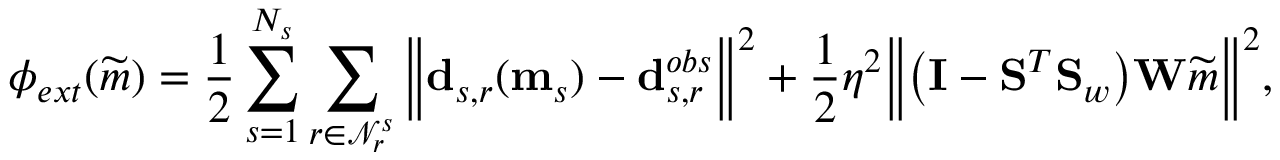
\phi _ { e x t } ( \widetilde { \b { m } } ) = \frac { 1 } { 2 } \sum _ { s = 1 } ^ { N _ { s } } \sum _ { r \in \mathcal { N } _ { r } ^ { s } } \Big \Vert \mathbf { d } _ { s , r } ( \mathbf { m } _ { s } ) - \mathbf { d } _ { s , r } ^ { o b s } \Big \Vert ^ { 2 } + \frac { 1 } { 2 } \eta ^ { 2 } \Big \Vert \big ( \mathbf { I } - \mathbf { S } ^ { T } \mathbf { S } _ { w } \big ) \mathbf { W } \widetilde { \b { m } } \Big \Vert ^ { 2 } ,